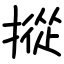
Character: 摐